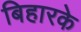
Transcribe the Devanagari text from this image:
बिहारके